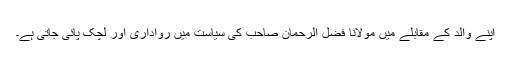
اپنے والد کے مقابلے میں مولانا فضل الرحمان صاحب کی سیاست میں رواداری اور لچک پائی جاتی ہے۔